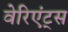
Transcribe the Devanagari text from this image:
वेरिएंट्स